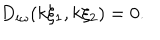
D _ { i \omega } ( k \xi _ { 1 } , k \xi _ { 2 } ) = 0 .